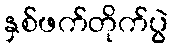
နှစ်ဖက်တိုက်ပွဲ